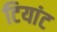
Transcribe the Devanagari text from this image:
टियांट